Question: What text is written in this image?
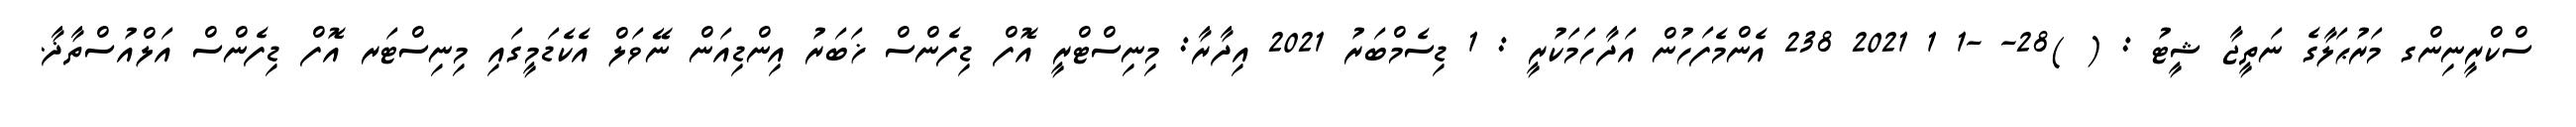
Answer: ސްކްރީނިންގ މަރުޙަލާގެ ނަތީޖާ ޝީޓު : ( )28- -1 1 2021 238 އެންމެފަހުން އަދާހަމަކުރީ : 1 ޑިސެމްބަރު 2021 އިދާރާ: މިނިސްޓްރީ އޮފް ޑިފެންސް ޚަބަރު އިންޑިއަން ނޭވަލް އެކެޑަމީގައި މިނިސްޓަރ އޮފް ޑިފެންސް އަލްއުސްތާޛާ.